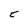
Character: t